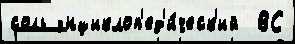
соль энциклоп'ед'и́ческ'ий  ВС